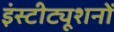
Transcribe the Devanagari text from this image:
इंस्टीट्यूशनों